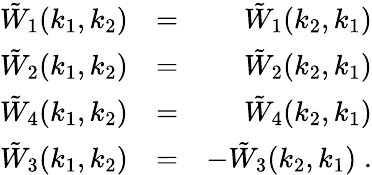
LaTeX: \begin{array}{rlr}{\tilde{W}_{1}(k_{1},k_{2})}&{=}&{\tilde{W}_{1}(k_{2},k_{1})}\\ {\tilde{W}_{2}(k_{1},k_{2})}&{=}&{\tilde{W}_{2}(k_{2},k_{1})}\\ {\tilde{W}_{4}(k_{1},k_{2})}&{=}&{\tilde{W}_{4}(k_{2},k_{1})}\\ {\tilde{W}_{3}(k_{1},k_{2})}&{=}&{-\tilde{W}_{3}(k_{2},k_{1})\; .}\end{array}